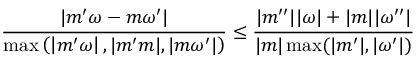
\frac { \left| m ^ { \prime } \omega - m \omega ^ { \prime } \right| } { \operatorname* { m a x } \left( \left| m ^ { \prime } \omega \right| , | m ^ { \prime } m | , | m \omega ^ { \prime } | \right) } \leq \frac { | m ^ { \prime \prime } | | \omega | + | m | | \omega ^ { \prime \prime } | } { | m | \operatorname* { m a x } ( | m ^ { \prime } | , | \omega ^ { \prime } | ) }